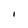
Character: I